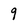
Character: 9